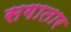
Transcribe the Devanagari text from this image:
सगातार